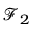
{ \mathcal { F } } _ { 2 }